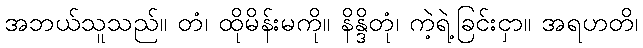
အဘယ်သူသည်။ တံ၊ ထိုမိန်းမကို။ နိန္ဒိတုံ၊ ကဲ့ရဲ့ခြင်းငှာ။ အရဟတိ၊